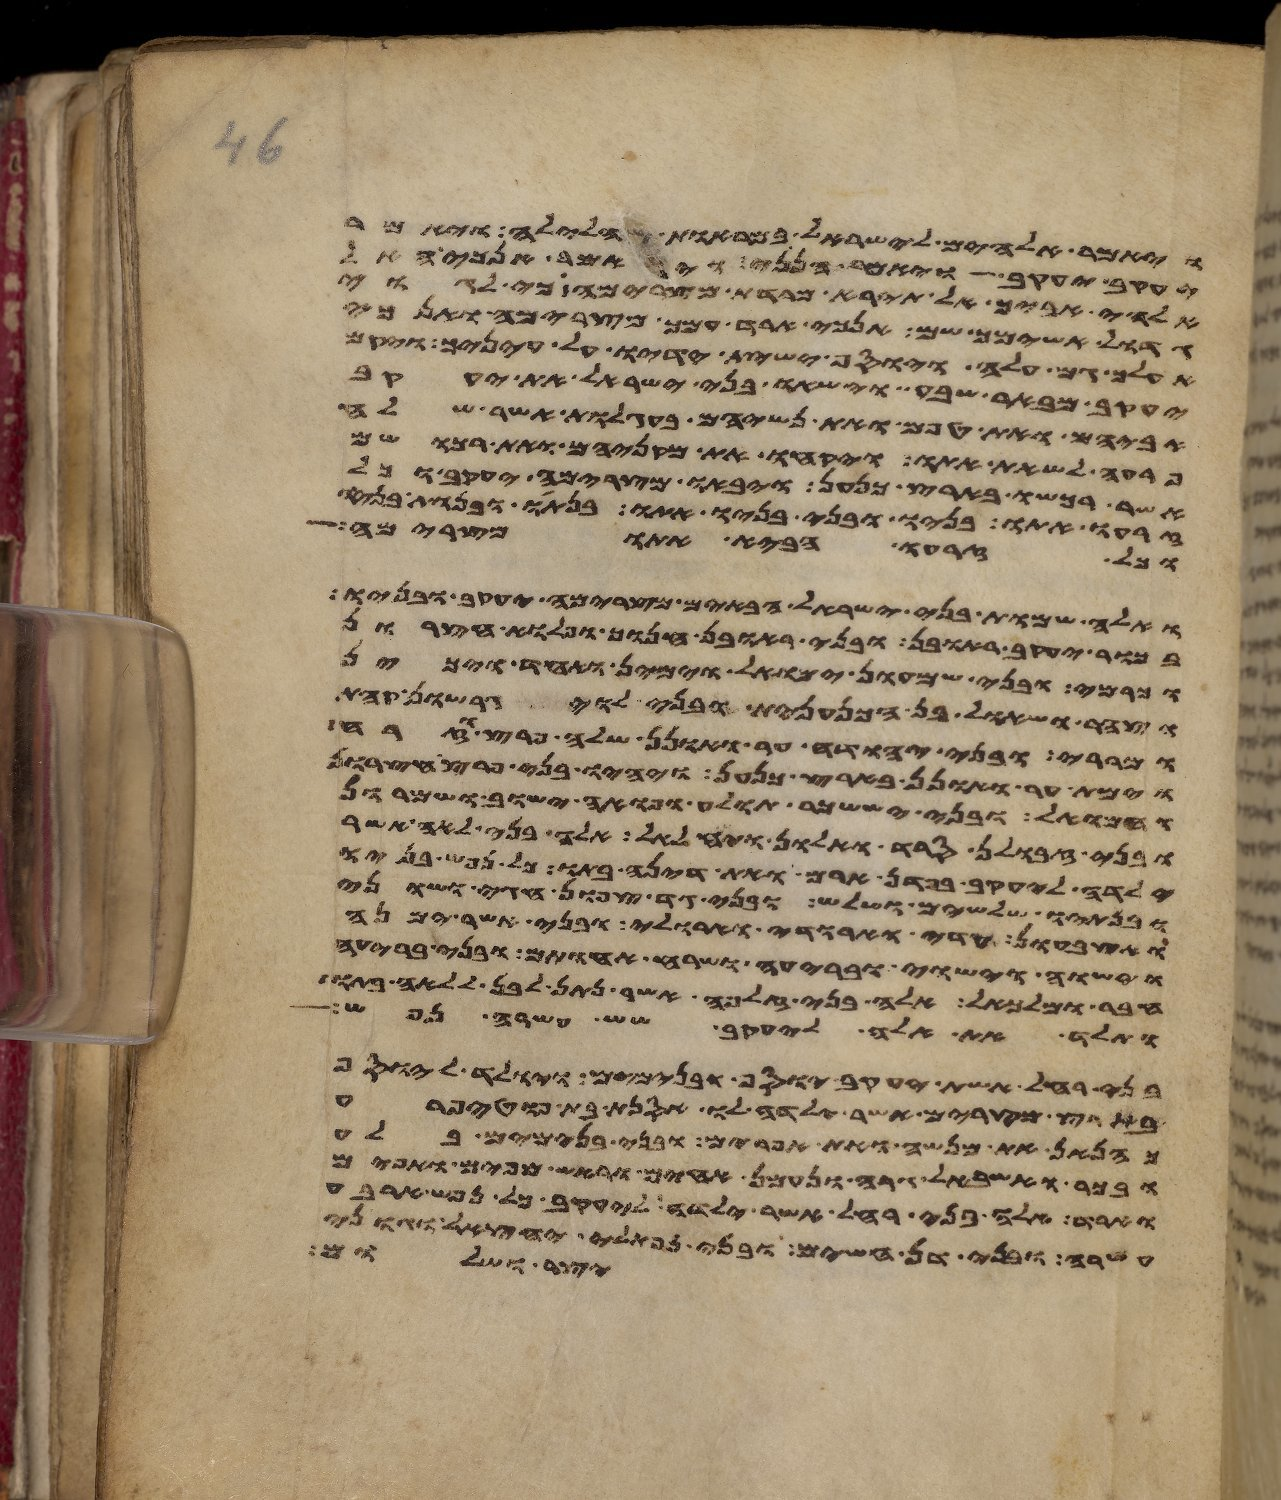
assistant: ויאמר אלהים לישראל במראות הלילה ויאמר
יעקב יעקב ויאמר הנני ויאמר אנכי האל
אלהי אביך אל תירא מרדת מצרימה כי לגוי
גדול אשימך שם אנכי ארד עמך מצרימה ואנכי
אעלך גם עלה ויוסף ישית ידיו על עיניך ויקם
יעקב מבאר שבע וישאו בני ישראל את יעקב
אביהם ואת טפם ואת נשיהם בעגלות אשר שלח
פרעה לשאת אתו ויקחו את מקניהם ואת רכושם
אשר רכשו בארץ כנען ויבאו מצרימה יעקב וכל
זרעו אתו בניו ובני בניו אתו בנתיו ובנות בניו
וכל זרעו הביא אתו מצרימה
ואלה שמות בני ישראל הבאים מצרימה יעקב ובניו
בכור יעקב ראובן ובני ראובן חנוך ופלוא חצרון
וכרמי ובני שמעון ימואל וימין ואחד ויכין
וצהר ושאול בן הכנענית ובני לוי גרשון קהת
ומררי ובני יהודה ער ואונן שלה פרץ וזרח
וימת ער ואונן בארץ כנען ויהיו בני פרץ חצרון
וחמואל ובני יששכר תולע ופואה ישוב ושמרון
ובני זבולן סרד ואלון ויחלאל אלה בני לאה אשר
ילדה ליעקב בפדן ארם ואת דינה בתו כל נפש בניו
ובנתיו שלשים ושלש ובני גד צפון וחגי ושוני
ואצבעון עדי וארודי וארולי ובני אשר ימנה
וישוה וישוי ובריעה ושרח אחותם ובני בריעה
חבר ומלכיאל אלה בני זלפה אשר נתן לבן ללאה בתו
ותלד את אלה ליעקב שש עשרה נפש
בני רחל אשת יעקב יוסף ובנימים ויולד ליוסף
בארץ מצרים אשר ילדה לו אסנת בת פוטיפרע
כהנאן את מנשה ואת אפרים ובני בנימים בלע
ובכר ואשבאל גרה ונעמן אחים וראש מאפים ואפים
וארד אלה בני רחל אשר ילדה ליעקב כל נפש ארבע
עשרה ובני דן חשים ובני נפתלי יחצאל וגוני
יצר ושלום